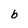
Character: b